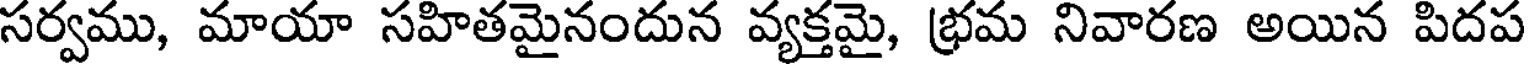
సర్వము, మాయా సహితమైనందున వ్యక్తమై, భ్రమ నివారణ అయిన పిదప